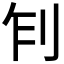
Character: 𠛢